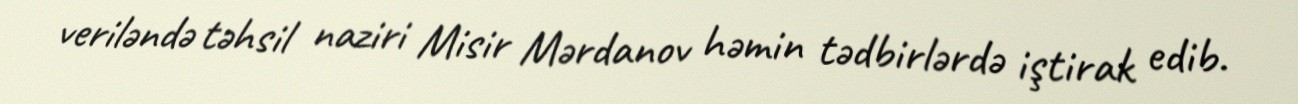
veriləndə təhsil naziri Misir Mərdanov həmin tədbirlərdə iştirak edib.